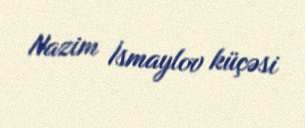
Nazim İsmaylov küçəsi